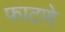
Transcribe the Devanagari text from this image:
फाटणे